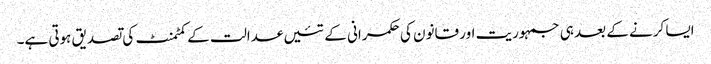
ایسا کرنے کے بعد ہی جمہوریت اور قانون کی حکمرانی کے تئیں عدالت کے کمٹمنٹ کی تصدیق ہوتی ہے۔